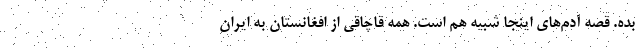
بده. قصه آدم‌های اینجا شبیه هم است. همه قاچاقی از افغانستان به ایران